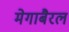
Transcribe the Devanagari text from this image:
मेगाबैरल